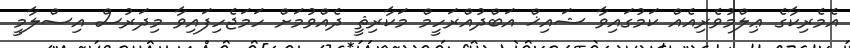
އެމެރިކާގެ ޢިލްމުވެރިއެއް ކަމުގައިވާ ޝައިޚް އަބްދުއްރަހީމް މަކާރިޘީ ދެއްވުމަށް ހަމަޖެހިފައިވާ މިދަރުސް އިސްލާމީ